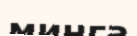
минга